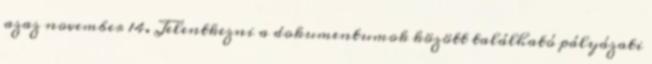
azaz november 14. Jelentkezni a dokumentumok között található pályázati